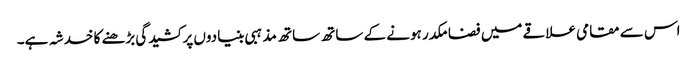
اس سے مقامی علاقے میں فضا مکدر ہونے کے ساتھ ساتھ مذہبی بنیادوں پر کشیدگی بڑھنے کا خدشہ ہے۔